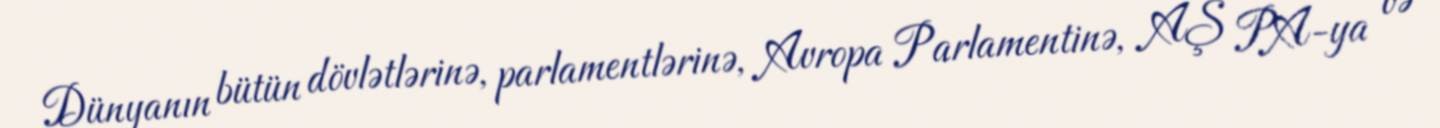
Dünyanın bütün dövlətlərinə, parlamentlərinə, Avropa Parlamentinə, AŞ PA-ya və